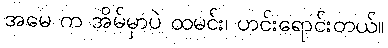
အမေ က အိမ်မှာပဲ ထမင်း၊ ဟင်းရောင်းတယ်။